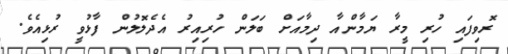
ރޮވިފައި ހުރި މީރާ ޔަމާންއާ ދިމާއަށް ބަލަން ހުރިއިރު އެދެލޮލުން ފާޅުވީ ރުޅިއެވެ.